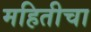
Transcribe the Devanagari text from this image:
महितीचा